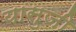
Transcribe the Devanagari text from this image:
यासुजी